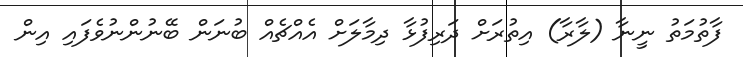
ފާތުމަތު ނީނާ (ލާރާ) އިތުރަށް ދަރިފުޅާ ދިމާލަށް އެއްޗެއް ބުނަން ބޭނުންނުވެފައި އިން